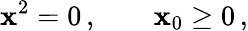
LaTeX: \mathbf{x}^{2}=0\, ,\; \; \; \; \; \; \; \mathbf{x}_{0}\geq0\, ,